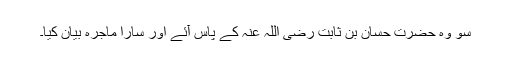
سو وہ حضرت حسان بن ثابت رضی اللہ عنہ کے پاس آئے اور سارا ماجرہ بیان کیا۔